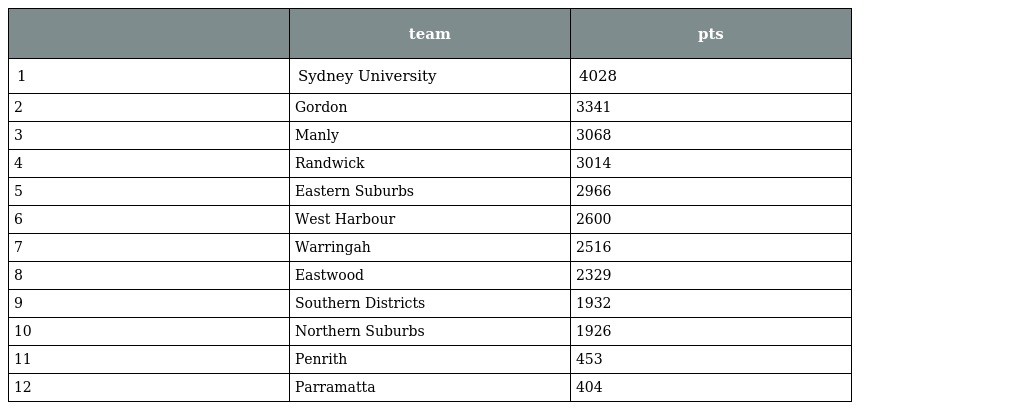
|  | team | pts |
 | --- | --- | --- |
 | 1 | Sydney University | 4028 |
 | 2 | Gordon | 3341 |
 | 3 | Manly | 3068 |
 | 4 | Randwick | 3014 |
 | 5 | Eastern Suburbs | 2966 |
 | 6 | West Harbour | 2600 |
 | 7 | Warringah | 2516 |
 | 8 | Eastwood | 2329 |
 | 9 | Southern Districts | 1932 |
 | 10 | Northern Suburbs | 1926 |
 | 11 | Penrith | 453 |
 | 12 | Parramatta | 404 |